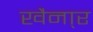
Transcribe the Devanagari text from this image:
खैना्र